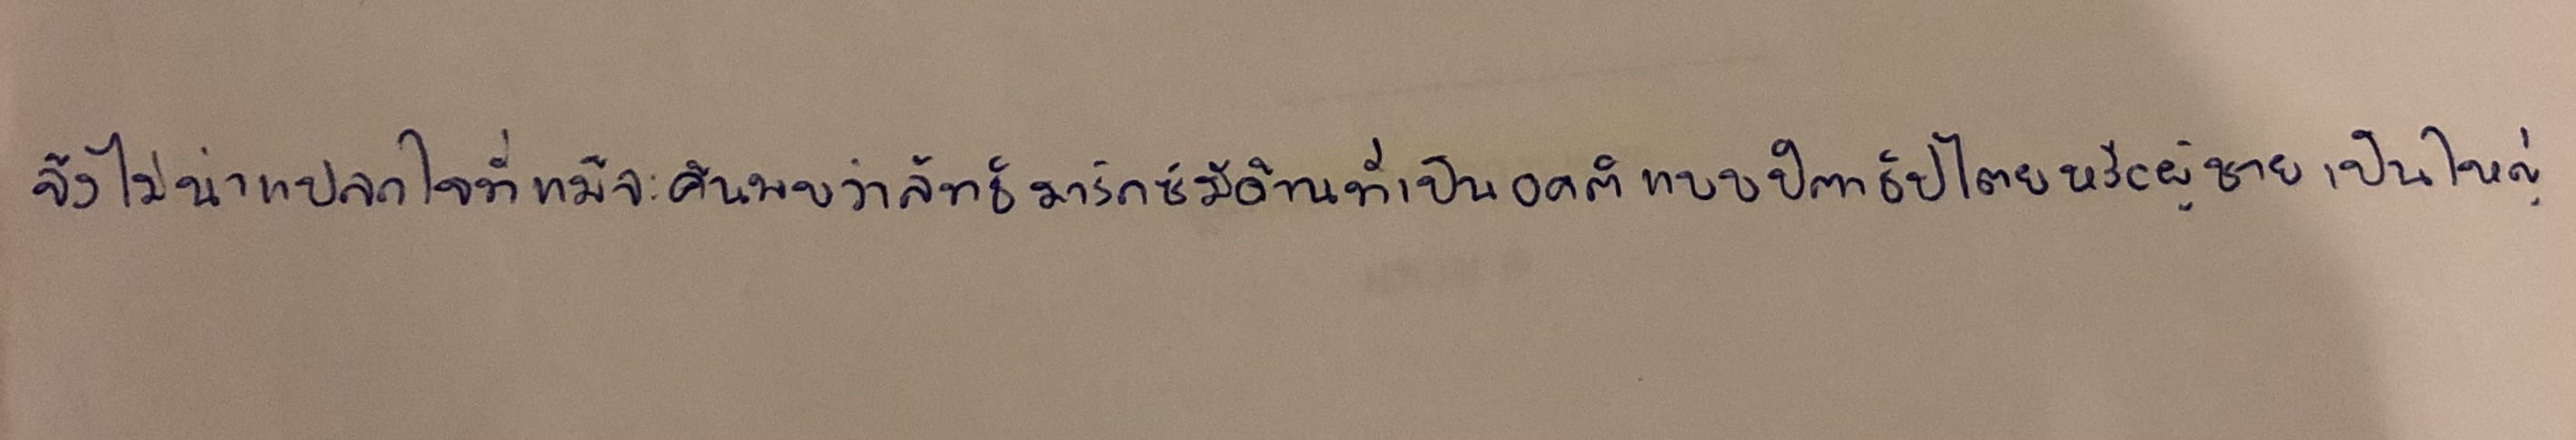
จึงไม่น่าแปลกใจที่แม้จะค้นพบว่าลัทธิมาร์กซ์มีด้านที่เป็นอคติแบบปิตาธิปไตยหรือผู้ชายเป็นใหญ่